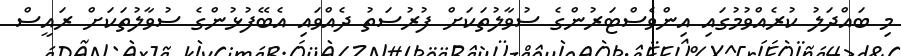
މި ބައްދަލު ކުރެއްވުމުގައި އިންވެސްޓަރުންގެ ސުވާލުތަކަށް ފުރުސަތު ދެއްވައި އެބޭފުޅުންގެ ސުވާލުތަކަށް ރައީސް